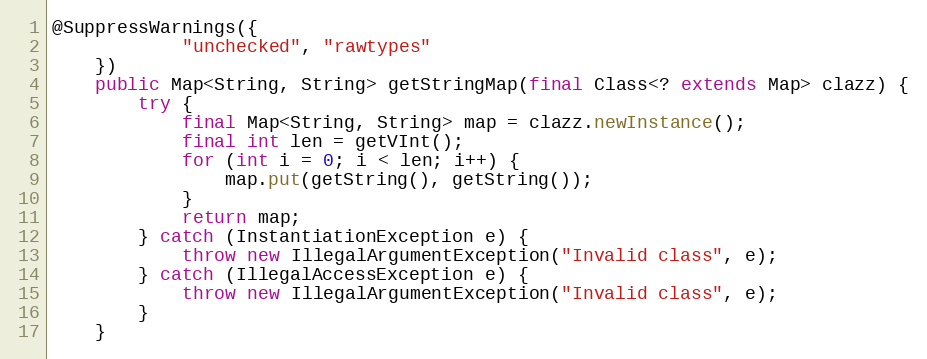
Language: Java
@SuppressWarnings({
			"unchecked", "rawtypes"
	})
	public Map<String, String> getStringMap(final Class<? extends Map> clazz) {
		try {
			final Map<String, String> map = clazz.newInstance();
			final int len = getVInt();
			for (int i = 0; i < len; i++) {
				map.put(getString(), getString());
			}
			return map;
		} catch (InstantiationException e) {
			throw new IllegalArgumentException("Invalid class", e);
		} catch (IllegalAccessException e) {
			throw new IllegalArgumentException("Invalid class", e);
		}
	}